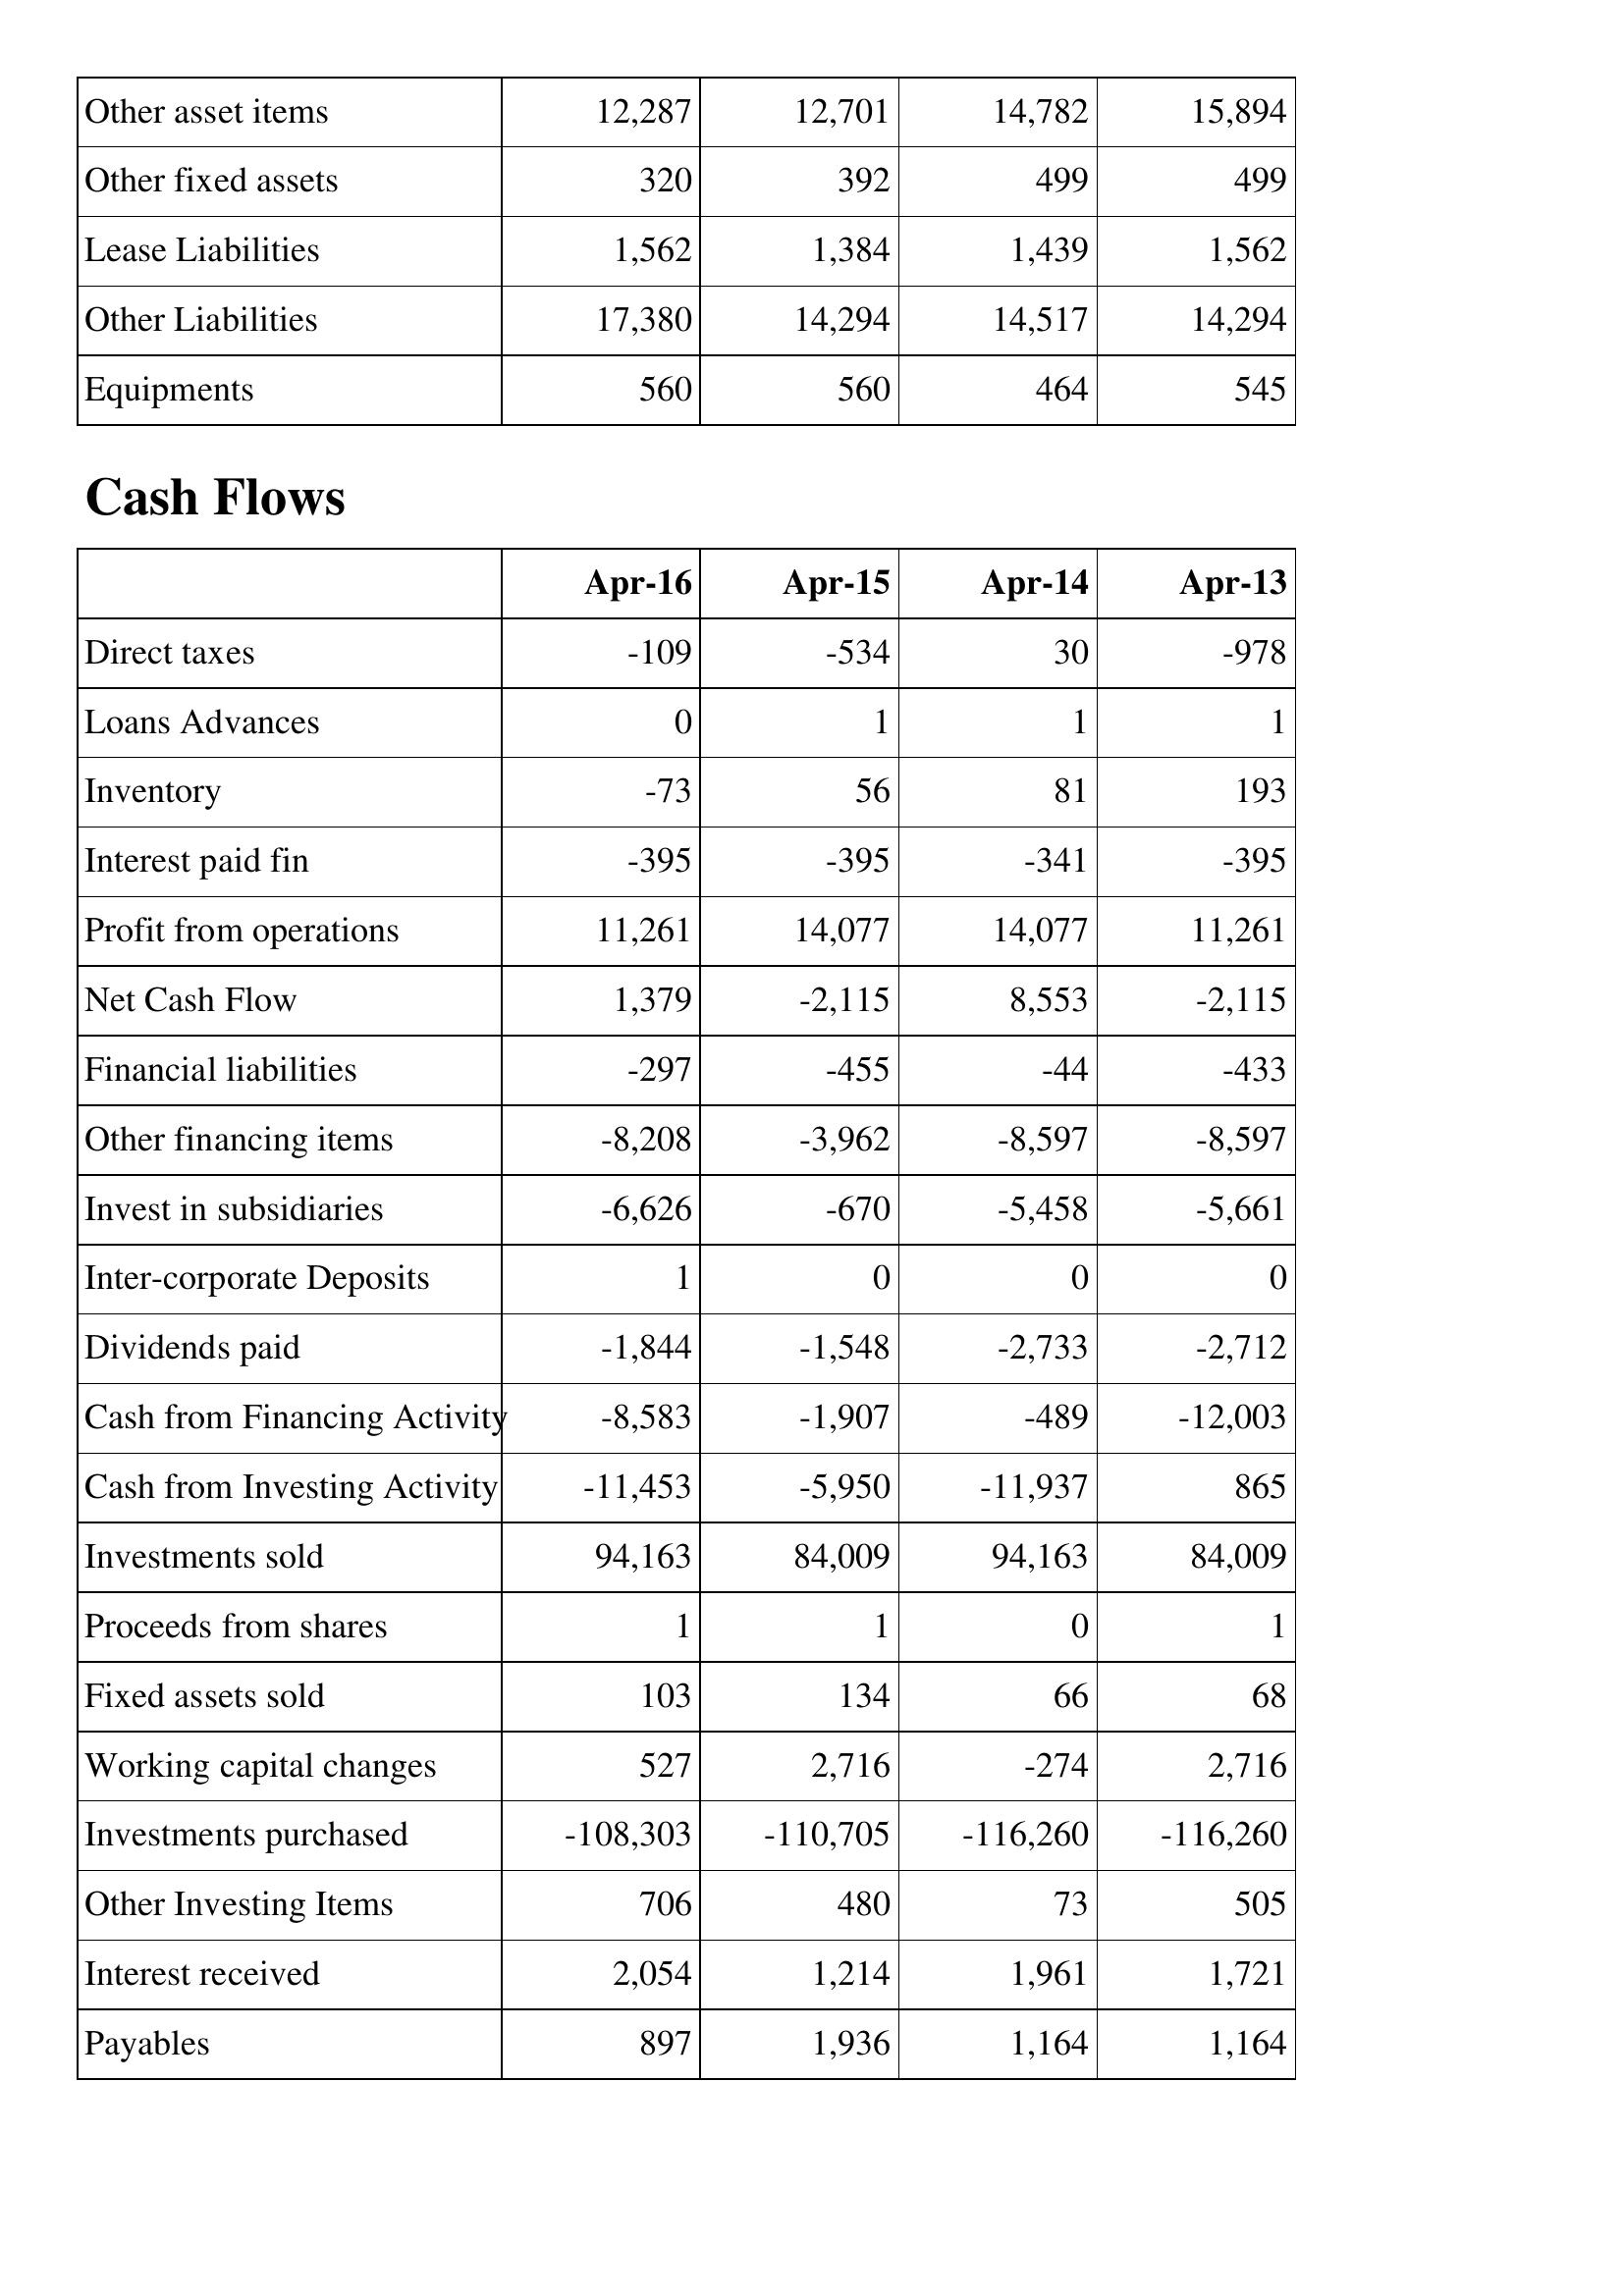
Apr-16: Balance Sheet: Other asset items: 12,287
Other fixed assets: 320
Lease Liabilities: 1,562
Other Liabilities: 17,380
Equipments: 560
Cash Flows: Direct taxes: -109
Loans Advances: 0
Inventory: -73
Interest paid fin: -395
Profit from operations: 11,261
Net Cash Flow: 1,379
Financial liabilities: -297
Other financing items: -8,208
Invest in subsidiaries: -6,626
Inter-corporate Deposits: 1
Dividends paid: -1,844
Cash from Financing Activity: -8,583
Cash from Investing Activity: -11,453
Investments sold: 94,163
Proceeds from shares: 1
Fixed assets sold: 103
Working capital changes: 527
Investments purchased: -108,303
Other Investing Items: 706
Interest received: 2,054
Payables: 897
Apr-15: Balance Sheet: Other asset items: 12,701
Other fixed assets: 392
Lease Liabilities: 1,384
Other Liabilities: 14,294
Equipments: 560
Cash Flows: Direct taxes: -534
Loans Advances: 1
Inventory: 56
Interest paid fin: -395
Profit from operations: 14,077
Net Cash Flow: -2,115
Financial liabilities: -455
Other financing items: -3,962
Invest in subsidiaries: -670
Inter-corporate Deposits: 0
Dividends paid: -1,548
Cash from Financing Activity: -1,907
Cash from Investing Activity: -5,950
Investments sold: 84,009
Proceeds from shares: 1
Fixed assets sold: 134
Working capital changes: 2,716
Investments purchased: -110,705
Other Investing Items: 480
Interest received: 1,214
Payables: 1,936
Apr-14: Balance Sheet: Other asset items: 14,782
Other fixed assets: 499
Lease Liabilities: 1,439
Other Liabilities: 14,517
Equipments: 464
Cash Flows: Direct taxes: 30
Loans Advances: 1
Inventory: 81
Interest paid fin: -341
Profit from operations: 14,077
Net Cash Flow: 8,553
Financial liabilities: -44
Other financing items: -8,597
Invest in subsidiaries: -5,458
Inter-corporate Deposits: 0
Dividends paid: -2,733
Cash from Financing Activity: -489
Cash from Investing Activity: -11,937
Investments sold: 94,163
Proceeds from shares: 0
Fixed assets sold: 66
Working capital changes: -274
Investments purchased: -116,260
Other Investing Items: 73
Interest received: 1,961
Payables: 1,164
Apr-13: Balance Sheet: Other asset items: 15,894
Other fixed assets: 499
Lease Liabilities: 1,562
Other Liabilities: 14,294
Equipments: 545
Cash Flows: Direct taxes: -978
Loans Advances: 1
Inventory: 193
Interest paid fin: -395
Profit from operations: 11,261
Net Cash Flow: -2,115
Financial liabilities: -433
Other financing items: -8,597
Invest in subsidiaries: -5,661
Inter-corporate Deposits: 0
Dividends paid: -2,712
Cash from Financing Activity: -12,003
Cash from Investing Activity: 865
Investments sold: 84,009
Proceeds from shares: 1
Fixed assets sold: 68
Working capital changes: 2,716
Investments purchased: -116,260
Other Investing Items: 505
Interest received: 1,721
Payables: 1,164